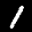
Label: 1